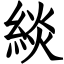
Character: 緂